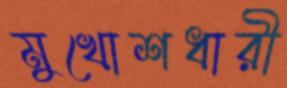
মুখোশধারী